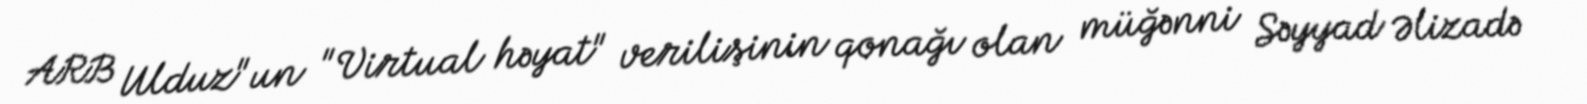
ARB Ulduz"un "Virtual həyat" verilişinin qonağı olan müğənni Səyyad Əlizadə